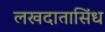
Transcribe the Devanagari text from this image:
लखदातासिंध